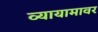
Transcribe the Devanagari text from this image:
व्यायामावर